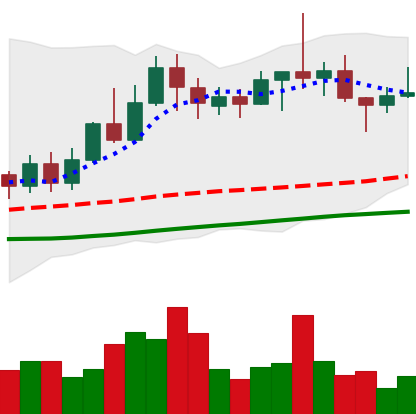
Ticker: TRX-USD
Chart end date: 2022-06-06
Forward return: -7.047%
Label: down_7plus